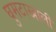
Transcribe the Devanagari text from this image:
घुमटाखाली